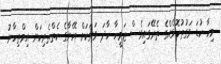
މިހާ ކުޑަ ވަގުތުކޮޅެއްގެ ތެރޭގައިވެސް ޒަމީހާ ހާދަ ވަރަކަށް އޭނާގެ ކެތްތެރިކަން އިމްތިހާނު